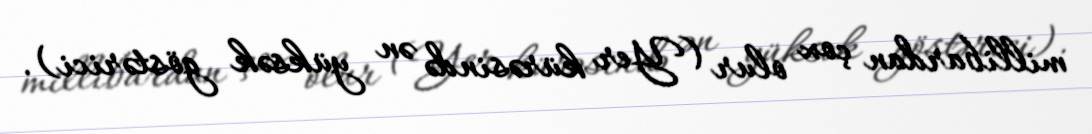
millibardan çox olur (Yer kürəsində ən yüksək göstərici).